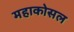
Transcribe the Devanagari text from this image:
महाकोसल